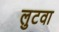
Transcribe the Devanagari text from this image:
लुटवा